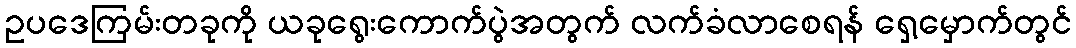
ဥပဒေကြမ်းတခုကို ယခုရွေးကောက်ပွဲအတွက် လက်ခံလာစေရန် ရှေ့မှောက်တွင်